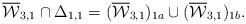
LaTeX: \begin{align*}\overline{\mathcal{W}}_{3,1}\cap\Delta_{1,1} = (\overline{\mathcal{W}}_{3,1})_{1a} \cup (\overline{\mathcal{W}}_{3,1})_{1b}.\end{align*}